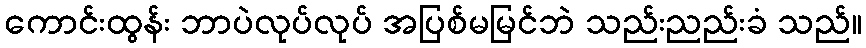
ကောင်းထွန်း ဘာပဲလုပ်လုပ် အပြစ်မမြင်ဘဲ သည်းညည်းခံ သည်။